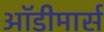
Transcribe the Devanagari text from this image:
ऑडीमार्स